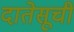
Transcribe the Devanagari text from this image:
दातेसूची